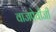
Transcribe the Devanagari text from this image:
वाजपेयीजी